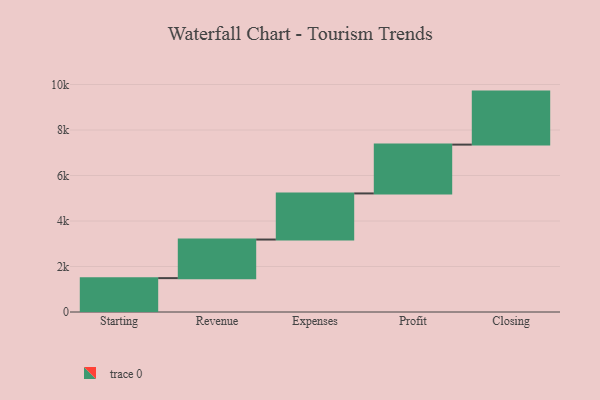
{"axis": {"x": "Step", "y": "Value"}, "legend": [""], "data": [{"x": "Starting", "y": 1489.0, "type": ""}, {"x": "Revenue", "y": 1696.0, "type": ""}, {"x": "Expenses", "y": 2027.0, "type": ""}, {"x": "Profit", "y": 2146.0, "type": ""}, {"x": "Closing", "y": 2330.0, "type": ""}]}